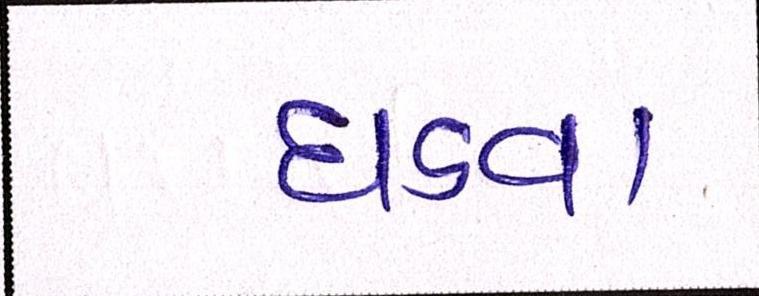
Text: ઘડવા